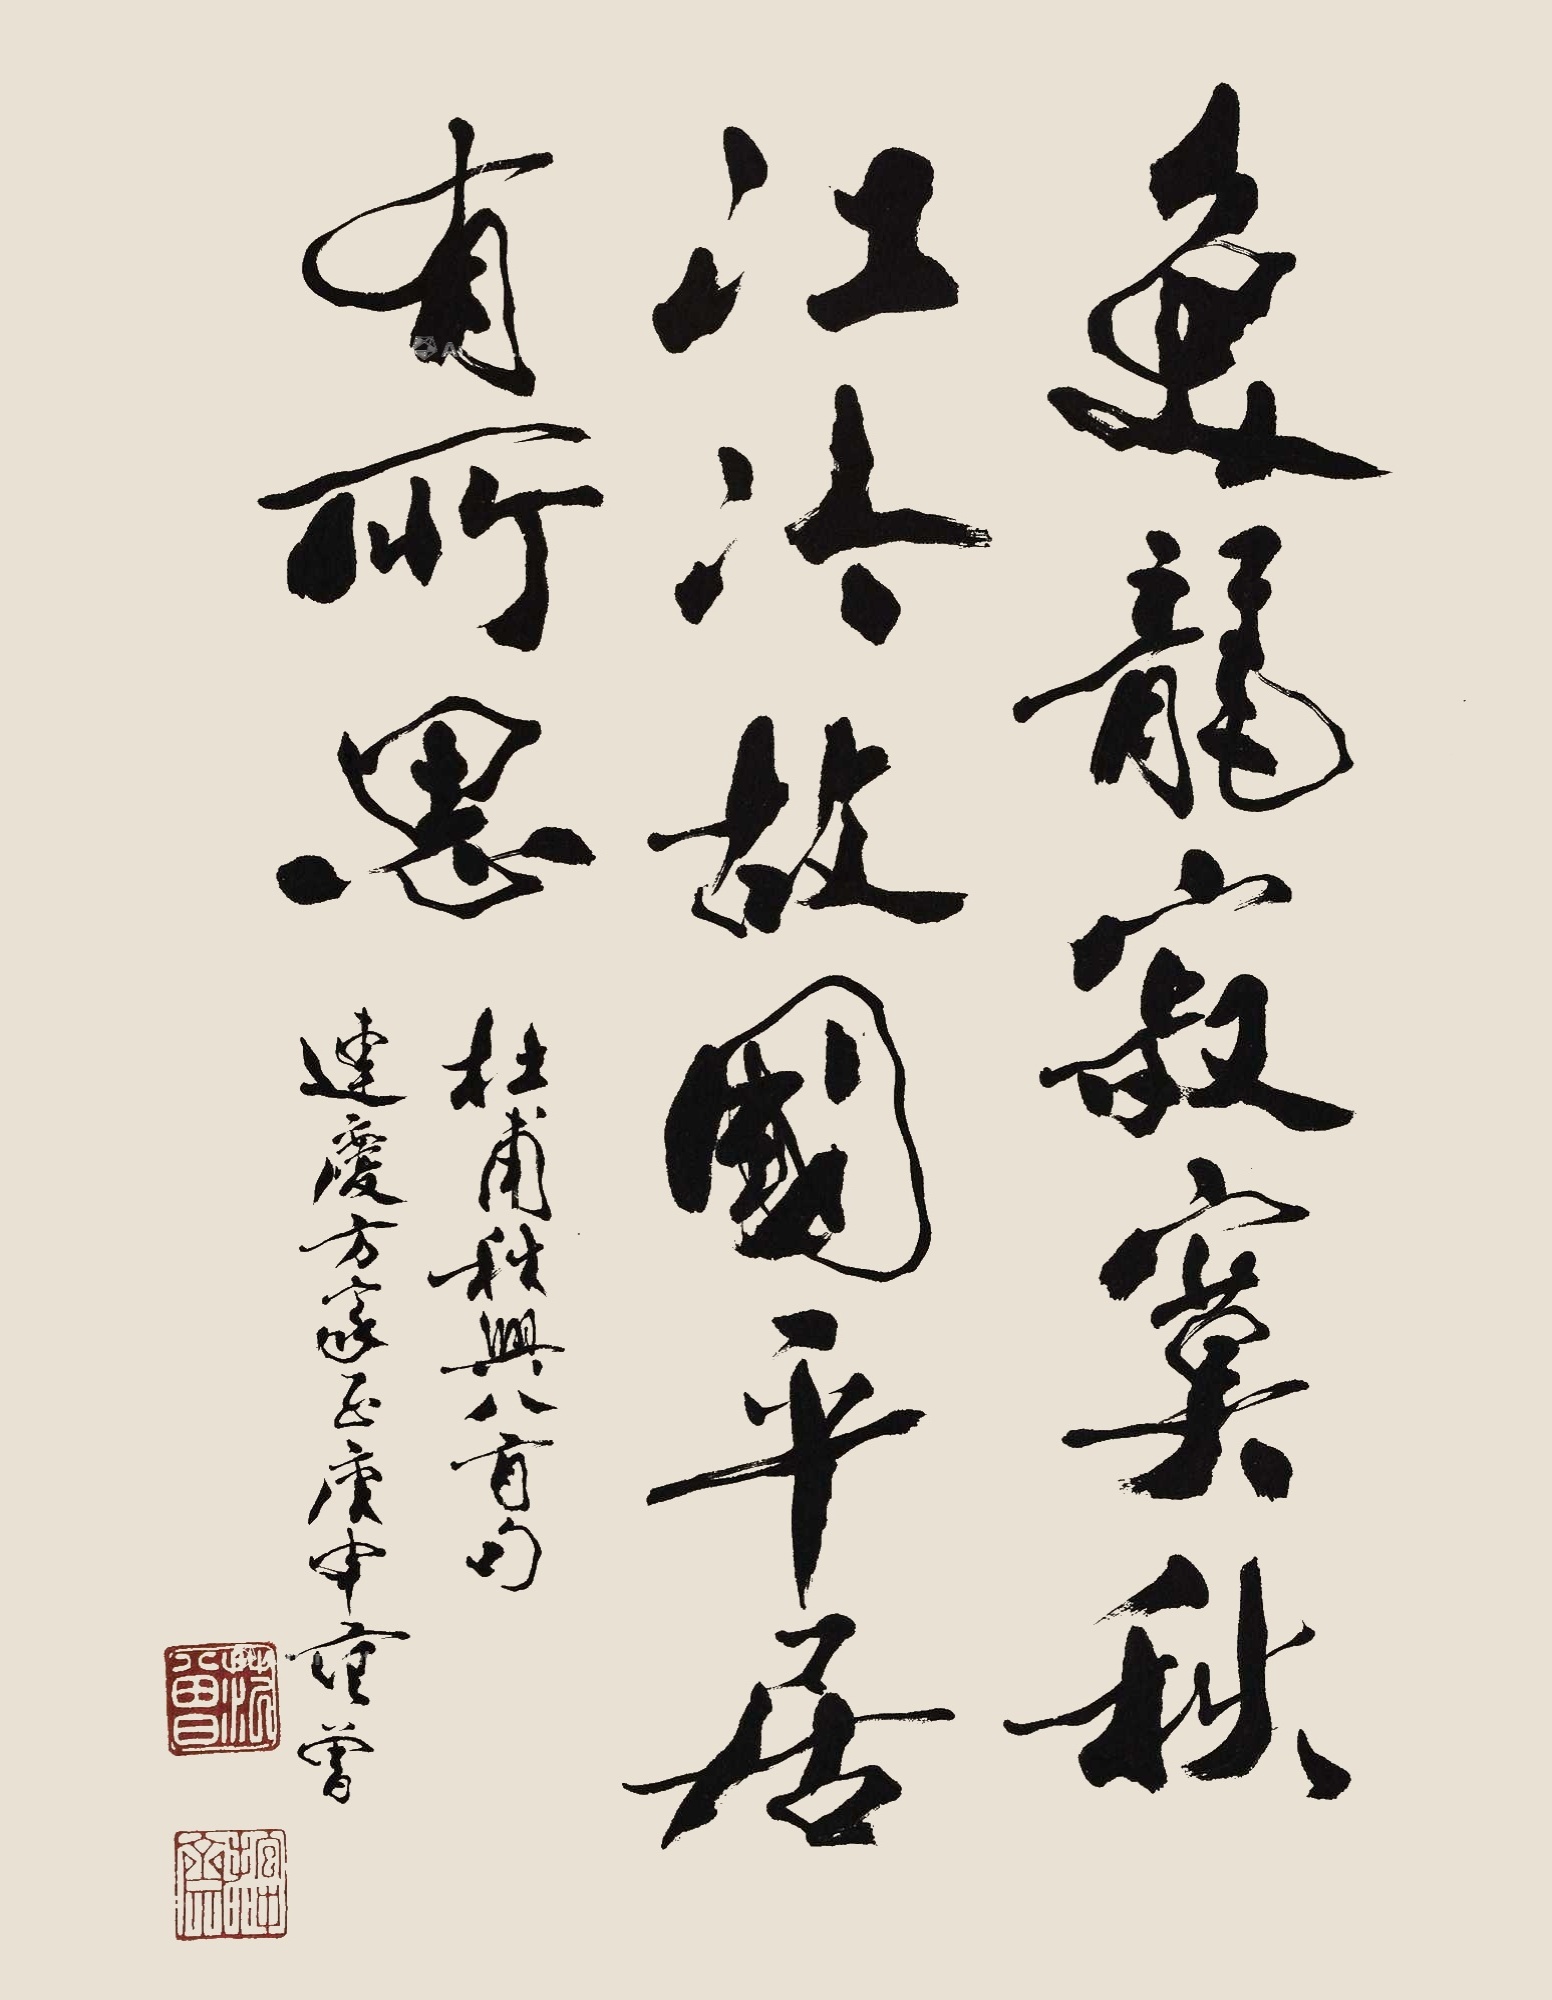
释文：鱼龙寂寞秋江冷，故国平居有所思。杜甫秋兴八首句，连庆方家正，庚申范曾。